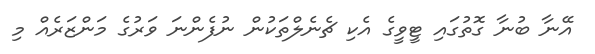
އޭނާ ބުނާ ގޮތުގައި ޓީވީގެ އެކި ޗެނެލްތަކުން ނުފެންނަ ވަރުގެ މަންޒަރެއް މި